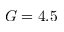
G = 4 . 5